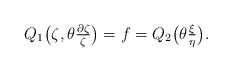
\begin{align*} Q_1\bigl(\zeta,\theta\tfrac{\partial\zeta}{\zeta}\bigr)=f=Q_2\bigl(\theta\tfrac{\xi}{\eta}\bigr).\end{align*}